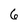
Character: 6